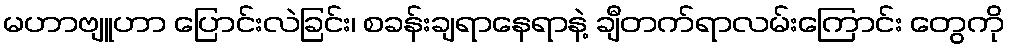
မဟာဗျူဟာ ပြောင်းလဲခြင်း၊ စခန်းချရာနေရာနဲ့ ချီတက်ရာလမ်းကြောင်း တွေကို